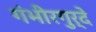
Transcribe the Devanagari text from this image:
गंभीरगुर्दे